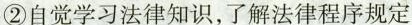
②自觉学习法律知识，了解法律程序规定